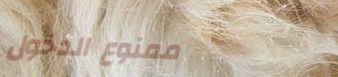
ممنوع الدخول